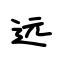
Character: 远